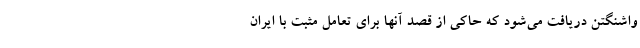
واشنگتن دریافت می‌شود که حاکی از قصد آنها برای تعامل مثبت با ایران